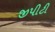
જીપીટી